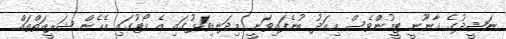
ނަޝީދުގެ ގާނޫނީ ޓީމުންވެސް މިއަދު ބުނެފައިވަނީ މިދަނޑިވަޅުގައި އެ ކޯޓުގައި އެހެން ޝަރީއަތްތައް